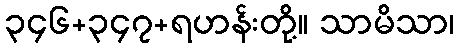
၃၄၆+၃၄၇+ရဟန်းတို့။ သာမိသာ၊